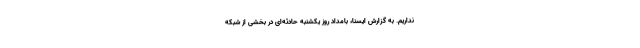
نداریم. به گزارش ایسنا، بامداد روز یکشنبه حادثه‌ای در بخشی از شبکه